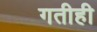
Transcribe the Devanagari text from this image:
गतीही